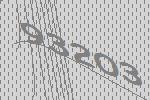
93203